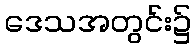
ဒေသအတွင်း၌